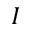
I